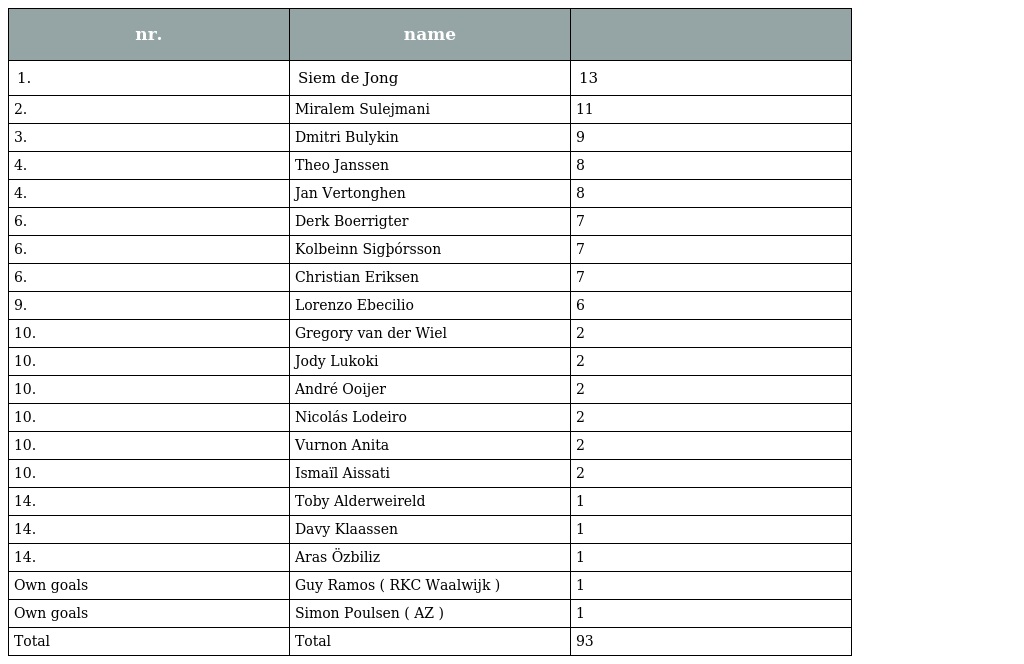
| nr. | name |  |
 | --- | --- | --- |
 | 1. | Siem de Jong | 13 |
 | 2. | Miralem Sulejmani | 11 |
 | 3. | Dmitri Bulykin | 9 |
 | 4. | Theo Janssen | 8 |
 | 4. | Jan Vertonghen | 8 |
 | 6. | Derk Boerrigter | 7 |
 | 6. | Kolbeinn Sigþórsson | 7 |
 | 6. | Christian Eriksen | 7 |
 | 9. | Lorenzo Ebecilio | 6 |
 | 10. | Gregory van der Wiel | 2 |
 | 10. | Jody Lukoki | 2 |
 | 10. | André Ooijer | 2 |
 | 10. | Nicolás Lodeiro | 2 |
 | 10. | Vurnon Anita | 2 |
 | 10. | Ismaïl Aissati | 2 |
 | 14. | Toby Alderweireld | 1 |
 | 14. | Davy Klaassen | 1 |
 | 14. | Aras Özbiliz | 1 |
 | Own goals | Guy Ramos ( RKC Waalwijk ) | 1 |
 | Own goals | Simon Poulsen ( AZ ) | 1 |
 | Total | Total | 93 |